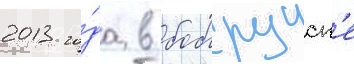
2013 го́да в бобруиск'е